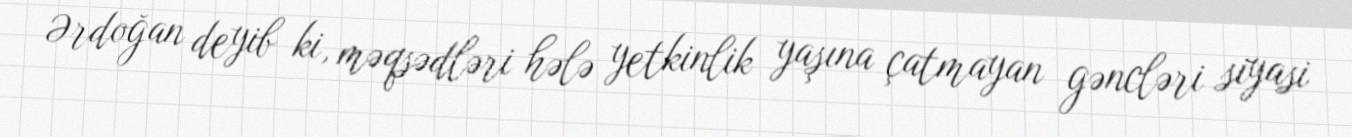
Ərdoğan deyib ki, məqsədləri hələ yetkinlik yaşına çatmayan gəncləri siyasi